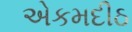
એકમદીઠ